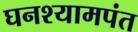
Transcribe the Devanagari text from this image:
घनश्यामपंत